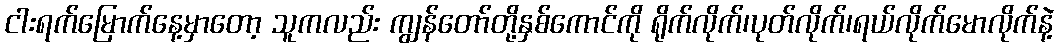
ငါးရက်မြောက်နေ့မှာတော့ သူကလည်း ကျွန်တော်တို့နှစ်ကောင်ကို ရိုက်လိုက်၊ပုတ်လိုက်၊ရယ်လိုက်မောလိုက်နဲ့